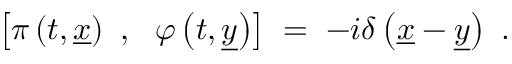
\left[ \pi \left( t , \underline { { { x } } } \right) ~ , ~ ~ \varphi \left( t , \underline { { { y } } } \right) \right] \; = \; - i \delta \left( \underline { { { x } } } - \underline { { { y } } } \right) ~ .